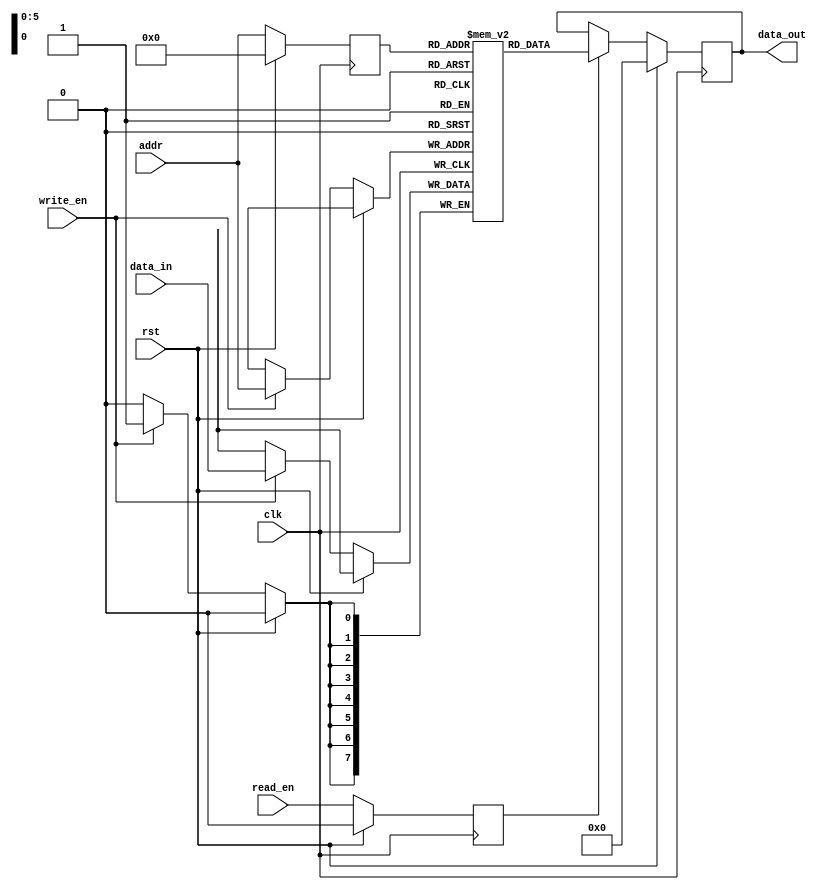
module memory_bank #(
    parameter DATA_WIDTH = 8,
    parameter ADDR_WIDTH = 6  // For 64 addresses
)(
    input wire clk,
    input wire rst,
    input wire write_en,
    input wire read_en,
    input wire [ADDR_WIDTH-1:0] addr,
    input wire [DATA_WIDTH-1:0] data_in,
    output reg [DATA_WIDTH-1:0] data_out
);

    reg [DATA_WIDTH-1:0] mem [2**ADDR_WIDTH-1:0];
    reg [ADDR_WIDTH-1:0] r_addr;     // Register to hold the address for delayed read
    reg r_read_en;                   // Register to hold the read enable signal for one cycle delay

    always @(posedge clk) begin
        if (rst) begin
            data_out <= 0;
            r_addr <= 0;
            r_read_en <= 0;
        end else begin
            // Write operation happens immediately
            if (write_en) begin
                mem[addr] <= data_in;
            end
            
            // Latch the address and read enable signal for the next cycle
            r_addr <= addr;
            r_read_en <= read_en;
            
            // Read operation with a one-cycle delay
            if (r_read_en) begin
                data_out <= mem[r_addr];
            end
        end
    end

endmodule

/*

For combinational read and write conditions
module memory_bank #(
    parameter DATA_WIDTH = 8,
    parameter ADDR_WIDTH = 6  // For 64 addresses
)(
    input wire clk,
    input wire rst,
    input wire write_en,
    input wire read_en,
    input wire [ADDR_WIDTH-1:0] addr,
    input wire [DATA_WIDTH-1:0] data_in,
    output reg [DATA_WIDTH-1:0] data_out
);

    reg [DATA_WIDTH-1:0] mem [2**ADDR_WIDTH-1:0];

    always @(posedge clk) begin
        if (rst) begin
            data_out <= 0;
        end else begin
            if (write_en) begin
                mem[addr] <= data_in;
            end
            if (read_en) begin
                data_out <= mem[addr];
            end
        end
    end

endmodule
*/